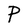
Character: P